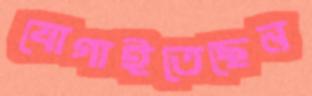
যোগাইতেছেন